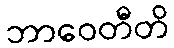
ဘာဝေတီတိ